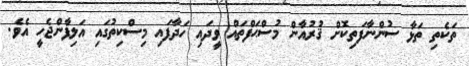
ތަކެތި ތަޅާ ސުންނާފަތިކޮށް ޤުރުއާން މުސްޙަފްތައް ވީދައި ހަދާފައި މިސްކިތުގައި އަލިފާންޖެހީ އެވެ.